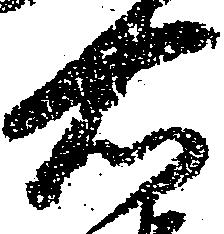
右